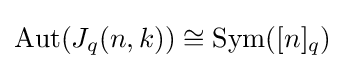
\operatorname {Aut} (J_{q}(n,k))\cong \operatorname {Sym} ([n]_{q})